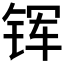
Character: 𮸈